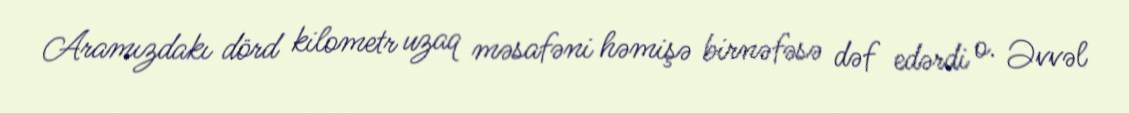
Aramızdakı dörd kilometr uzaq məsafəni həmişə birnəfəsə dəf edərdi o. Əvvəl